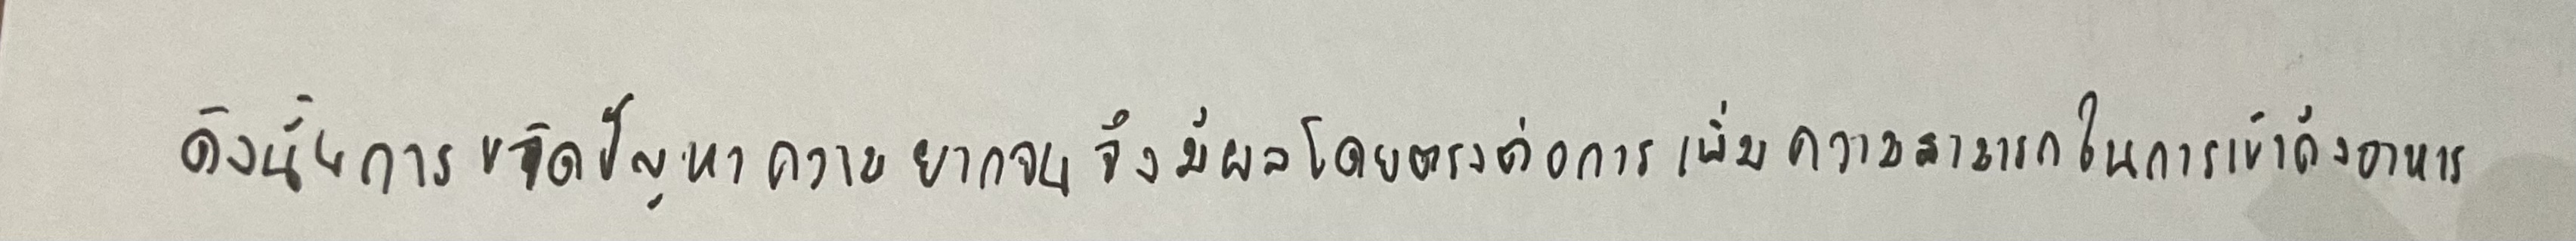
ดังนั้นการขจัดปัญหาความยากจนจึงมีผลโดยตรงต่อการเพิ่มความสามารถในการเข้าถึงอาหาร